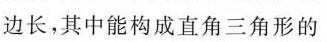
边长，其中能构成直角三角形的